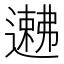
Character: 𬩉